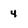
Character: 4